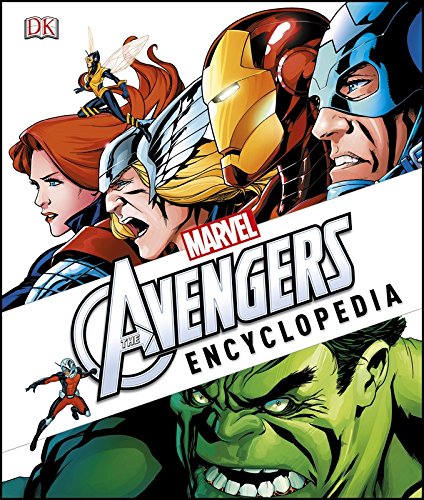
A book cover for Marvel's The Avengers Encyclopedia; Matt Forbeck; Comics & Graphic Novels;